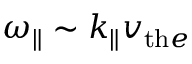
{ \omega _ { \parallel } } \sim k _ { \parallel } v _ { \mathrm { t h } e }